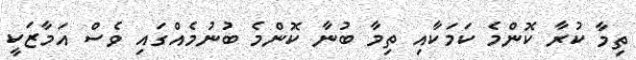
ތިމާ ކުރާ ކޮންމެ ކަމަކާއި ތިމާ ބުނާ ކޮންމެ ބުނުމެއްގައި ވެސް އަމާޒަކީ